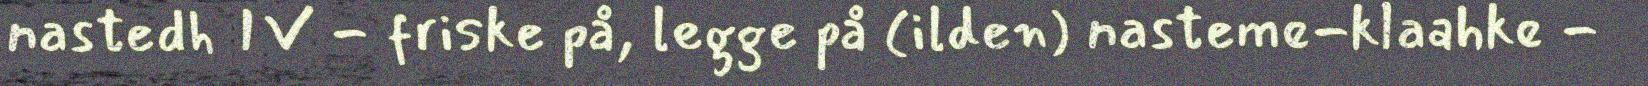
nastedh IV - friske på, legge på (ilden) nasteme-klaahke -